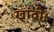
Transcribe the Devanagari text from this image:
खांदी।